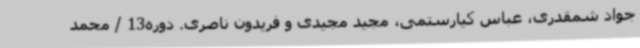
جواد شمقدری، عباس کیارستمی، مجید مجیدی و فریدون ناصری. دوره13 / محمد